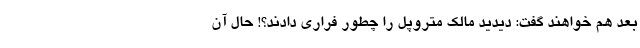
بعد هم خواهند گفت: دیدید مالک متروپل را چطور فراری دادند؟! حال آن